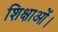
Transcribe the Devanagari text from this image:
शिक्षाओं।